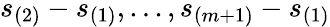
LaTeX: s_{(2)}-s_{(1)},...,s_{(m+1)}-s_{(1)}